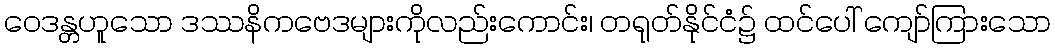
ဝေဒန္တဟူသော ဒဿနိကဗေဒများကိုလည်းကောင်း၊ တရုတ်နိုင်ငံ၌ ထင်ပေါ် ကျော်ကြားသော